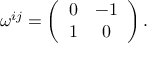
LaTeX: \omega ^ { i j } = \left( \begin{array} { c c } { { 0 } } & { { - 1 } } \\ { { 1 } } & { { 0 } } \end{array} \right) .